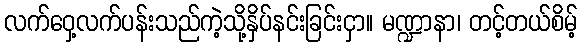
လက်ဝှေ့လက်ပန်းသည်ကဲ့သို့နှိပ်နင်းခြင်းငှာ။ မဏ္ဍာနာ၊ တင့်တယ်စိမ့်